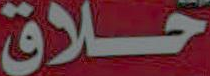
حلاق